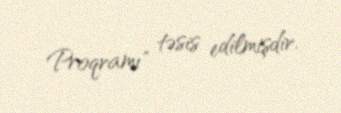
Proqramı" təsis edilmişdir.